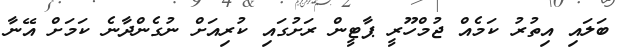
ބަލައި އިތުރު ކަމެއް ޖުމްހޫރީ ޕާޓީން ރަށުގައި ކުރިއަށް ނުގެންދާނެ ކަމަށް އޭނާ